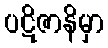
ပဋိဇာနိမှာ